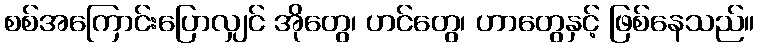
စစ်အကြောင်းပြောလျှင် အိုတွေ၊ ဟင်တွေ၊ ဟာတွေနှင့် ဖြစ်နေသည်။